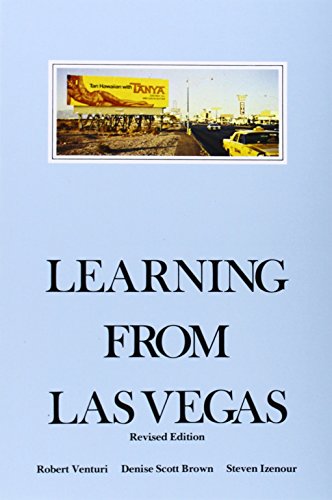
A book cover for Learning from Las Vegas - Revised Edition: The Forgotten Symbolism of Architectural Form; Robert Venturi; Arts & Photography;